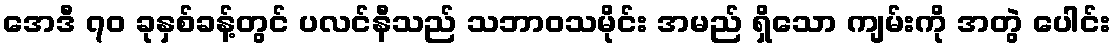
အေဒီ ၇၀ ခုနှစ်ခန့်တွင် ပလင်နီသည် သဘာဝသမိုင်း အမည် ရှိသော ကျမ်းကို အတွဲ ပေါင်း